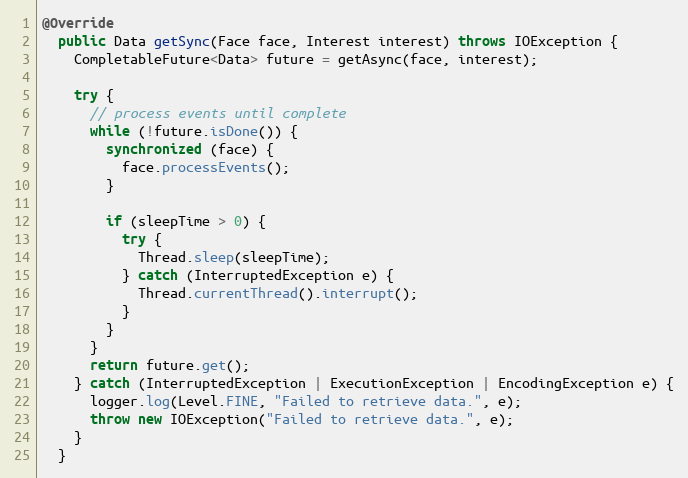
Language: Java
@Override
  public Data getSync(Face face, Interest interest) throws IOException {
    CompletableFuture<Data> future = getAsync(face, interest);

    try {
      // process events until complete
      while (!future.isDone()) {
        synchronized (face) {
          face.processEvents();
        }

        if (sleepTime > 0) {
          try {
            Thread.sleep(sleepTime);
          } catch (InterruptedException e) {
            Thread.currentThread().interrupt();
          }
        }
      }
      return future.get();
    } catch (InterruptedException | ExecutionException | EncodingException e) {
      logger.log(Level.FINE, "Failed to retrieve data.", e);
      throw new IOException("Failed to retrieve data.", e);
    }
  }